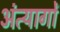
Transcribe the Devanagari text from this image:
अंत्यागों